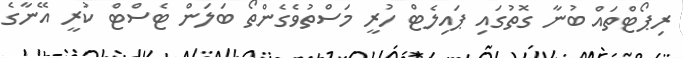
ރިޕޯޓްތައް ބުނާ ގޮތުގައި ޕައިލެޓް ހުރީ މަސްތުވެގެންތޯ ބަލަން ޓެސްޓް ކުރީ އޭނާގެ